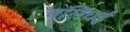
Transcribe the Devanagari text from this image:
बलिघई